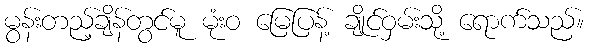
မွန်းတည့်ချိန်တွင်မူ မုံးဝ မြေပြန့် ချိုင်ဝှမ်းသို့ ရောက်သည်။